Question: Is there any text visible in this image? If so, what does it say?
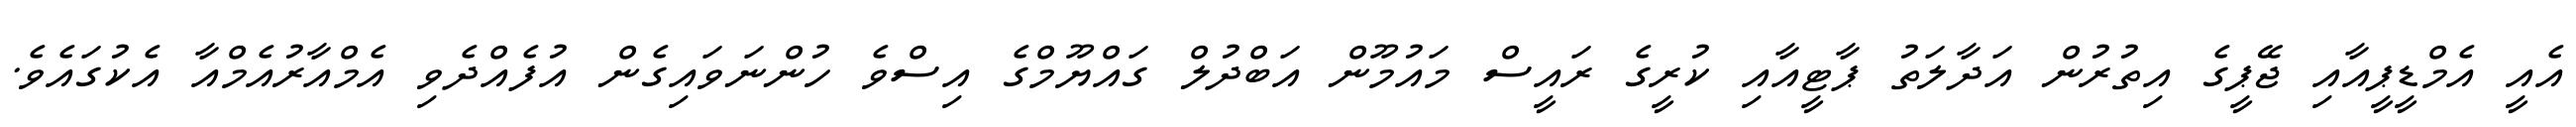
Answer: އެއީ އެމްޑީޕީއާއި ޖޭޕީގެ އިތުރުން އަދާލަތު ޕާޓީއާއި ކުރީގެ ރައީސް މައުމޫން އަބްދުލް ގައްޔޫމްގެ އިސްވެ ހުންނަވައިގެން އުފެއްދެވި އެމްއާރުއެމްއާ އެކުގައެވެ.